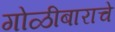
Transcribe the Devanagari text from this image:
गोळीबाराचे